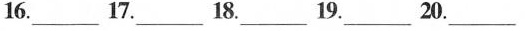
16___.17.___18.___19.___20.___